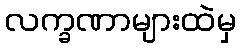
လက္ခဏာများထဲမှ